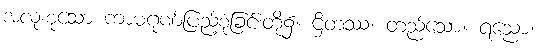
အလုံးစုံသော ကာမဂုဏ်ပြည့်စုံခြင်းတို့၌။ ဌိတဿ၊ တည်သော။ ရညော၊